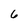
Character: 6